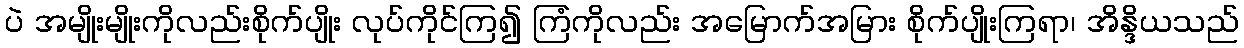
ပဲ အမျိုးမျိုးကိုလည်းစိုက်ပျိုး လုပ်ကိုင်ကြ၍ ကြံကိုလည်း အမြောက်အမြား စိုက်ပျိုးကြရာ၊ အိန္ဒိယသည်